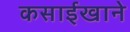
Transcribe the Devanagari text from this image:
कसाईखाने